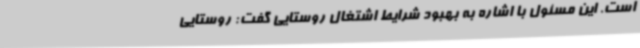
است. این مسئول با اشاره به بهبود شرایط اشتغال روستایی گفت: روستایی